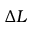
\Delta L